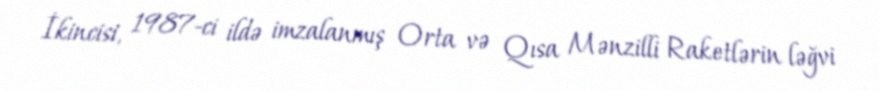
İkincisi, 1987-ci ildə imzalanmış Orta və Qısa Mənzilli Raketlərin ləğvi